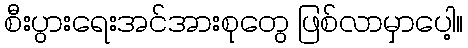
စီးပွားရေးအင်အားစုတွေ ဖြစ်လာမှာပေါ့။